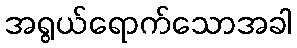
အရွယ်ရောက်သောအခါ